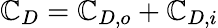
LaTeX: \mathbb{C}_{D}=\mathbb{C}_{D,o}+\mathbb{C}_{D,i}